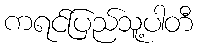
ကရင်ပြည်သူ့ပါတီ